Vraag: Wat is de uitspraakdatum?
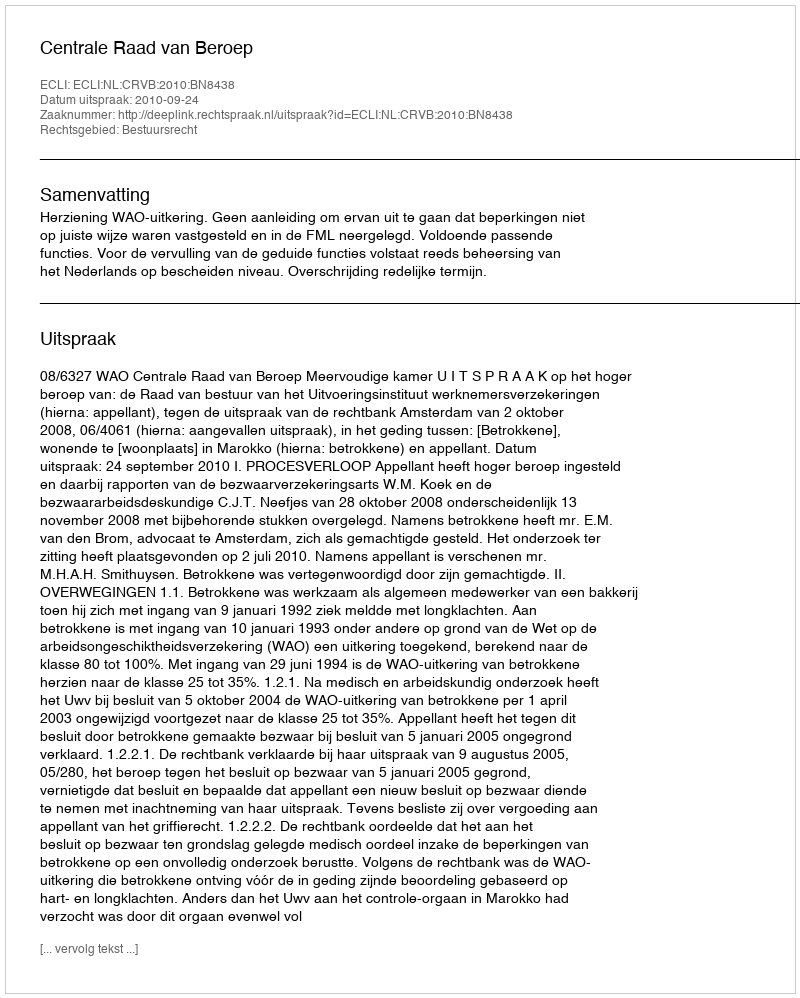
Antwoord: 2010-09-24